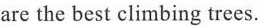
are the best climbing trees.